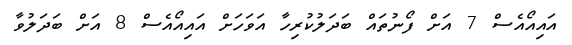
އައިއޯއެސް 7 އަށް ފޯނުތައް ބަދަލުކުރިހާ އަވަހަށް އައިއޯއެސް 8 އަށް ބަދަލުވާ